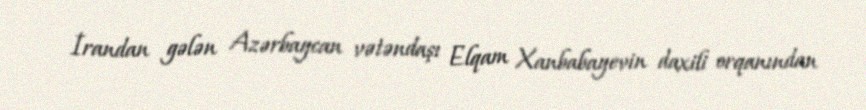
İrandan gələn Azərbaycan vətəndaşı Elqam Xanbabayevin daxili orqanından